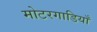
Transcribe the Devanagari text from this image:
मोटरगाडियाँ